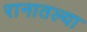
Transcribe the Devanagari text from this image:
रानातल्या